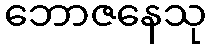
ဘောဇနေသု